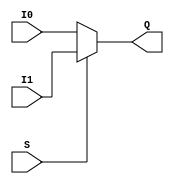
module Mux21_32bit(I0, I1, S, Q);
	input [31:0] I0, I1;
	input S;
	output reg [31:0] Q;
	always @(I0 or I1 or S)
		if(S)
			Q = I1;
		else
			Q = I0;
endmodule